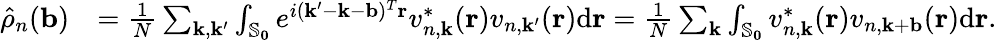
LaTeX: \begin{array}{rl}{\hat{\rho}_{n}(\mathbf{b})}&{=\frac{1}{N}\sum_{\mathbf{k},\mathbf{k}^{\prime}}\int_{\mathbb{S}_{\mathbf{0}}}e^{i(\mathbf{k}^{\prime}-\mathbf{k}-\mathbf{b})^{T}\mathbf{r}}v_{n,\mathbf{k}}^{*}(\mathbf{r})v_{n,\mathbf{k}^{\prime}}(\mathbf{r})\mathrm{d}\mathbf{r}=\frac{1}{N}\sum_{\mathbf{k}}\int_{\mathbb{S}_{\mathbf{0}}}v_{n,\mathbf{k}}^{*}(\mathbf{r})v_{n,\mathbf{k}+\mathbf{b}}(\mathbf{r})\mathrm{d}\mathbf{r}.}\end{array}